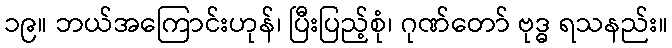
၁၉။ ဘယ်အကြောင်းဟုန်၊ ပြီးပြည့်စုံ၊ ဂုဏ်တော် ဗုဒ္ဓ ရသနည်း။